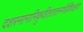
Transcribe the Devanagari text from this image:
दशस्नानानिकुर्वीततत्तन्मंत्रैर्विचक्षणः